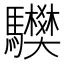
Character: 𩧅